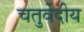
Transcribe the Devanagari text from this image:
चतुर्वेदीय